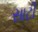
સાટી